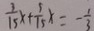
\frac { 3 } { 1 5 } x + \frac { 5 } { 1 5 } x = - \frac { 1 } { 3 }